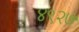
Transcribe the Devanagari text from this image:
४९२७